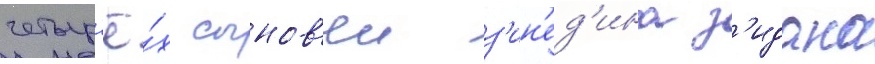
четыр'ё́х сынов'еи з'ин'ед'ина з'идана